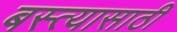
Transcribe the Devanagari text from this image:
बस्त्यासाठी